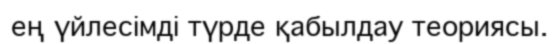
ең үйлесімді түрде қабылдау теориясы.